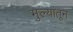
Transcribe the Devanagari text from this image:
मुल्यांतून